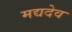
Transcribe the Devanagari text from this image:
मद्यदेव